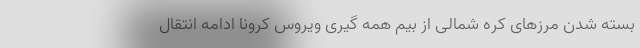
بسته شدن مرزهای کره شمالی از بیم همه گیری ویروس کرونا ادامه انتقال